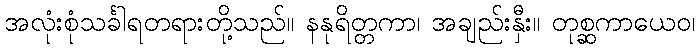
အလုံးစုံသင်္ခါရတရားတို့သည်။ နနုရိတ္တကာ၊ အချည်းနှီး။ တုစ္ဆကာယေဝ၊